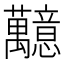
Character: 䖁